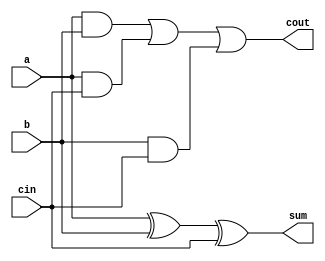
module FA1bit(a, b, cin, sum, cout);
  input a, b, cin;
  output sum, cout;

  assign sum = a ^ b ^ cin;
  assign cout = (a & b) | (a & cin) | (b & cin);
endmodule